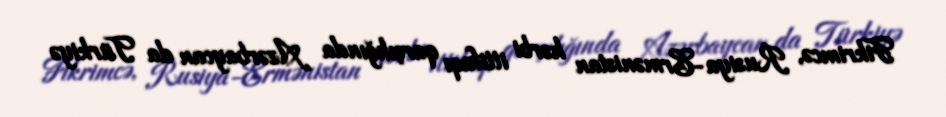
Fikrimcə, Rusiya-Ermənistan hərbi ittifaqı qarşılığında Azərbaycan da Türkiyə